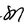
Character: M